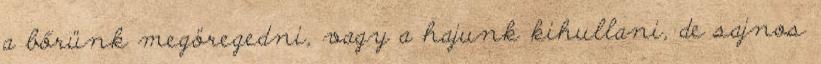
a bőrünk megöregedni, vagy a hajunk kihullani, de sajnos